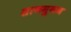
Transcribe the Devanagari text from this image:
शानमुगम